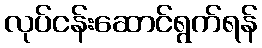
လုပ်ငန်းဆောင်ရွက်ရန်